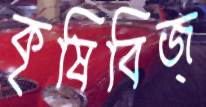
কৃষিবিজ্